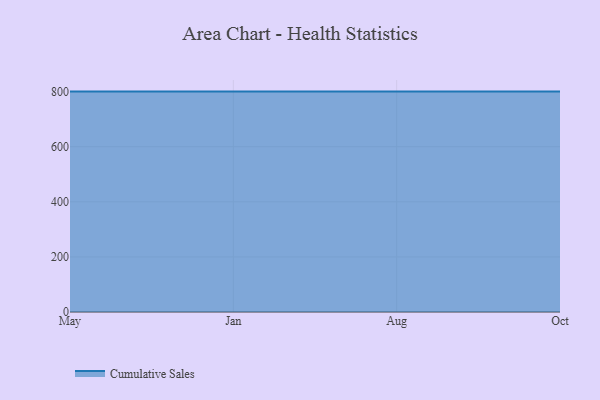
{"axis": {"x": "Month", "y": "Page Views"}, "legend": ["Cumulative Sales"], "data": [{"x": "May", "y": 800, "type": "Cumulative Sales"}, {"x": "Jan", "y": 800, "type": "Cumulative Sales"}, {"x": "Aug", "y": 800, "type": "Cumulative Sales"}, {"x": "Oct", "y": 800, "type": "Cumulative Sales"}]}